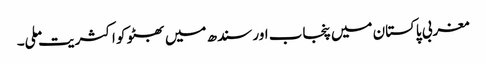
مغربی پاکستان میں پنجاب اور سندھ میں بھٹو کو اکثریت ملی۔